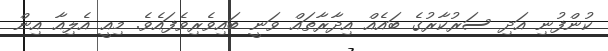
ކުންފުނި އަދި ސަރުކާރުގެ ބައެއް އިދާރާތައް ވަނީ ބައިވެރިވެފައެވެ. މިއީ އެލިއާ އިން